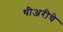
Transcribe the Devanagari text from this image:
थीअरीचे